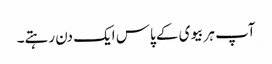
آپ ہر بیوی کے پاس ایک دن رہتے۔